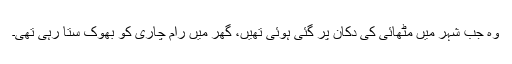
وہ جب شہر میں مٹھائی کی دکان پر گئی ہوئی تھیں، گھر میں رام چاری کو بھوک ستا رہی تھی۔